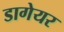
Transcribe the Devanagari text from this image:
डागेयर